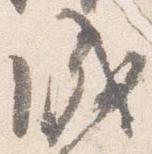
成